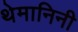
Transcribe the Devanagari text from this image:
थेमानिनी